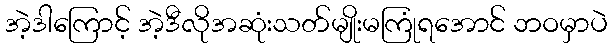
အဲ့ဒါကြောင့် အဲ့ဒီလိုအဆုံးသတ်မျိုးမကြုံရအောင် ဘဝမှာပဲ